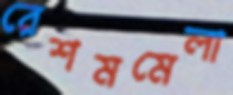
রেশমমেলা